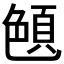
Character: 𦫤